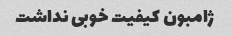
ژامبون کیفیت خوبی نداشت